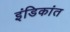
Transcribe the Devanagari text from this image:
इंडिकांत